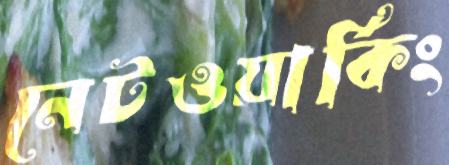
নেটওয়ার্কিং